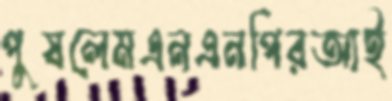
পুষলেমএনএনপিরআই